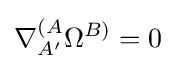
\nabla _{A'}^{(A}\Omega _{^{}}^{B)}=0